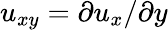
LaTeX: u_{xy}=\partial u_{x}/\partial y